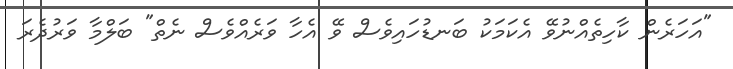
"އަހަރެން ކާހިތެއްނުވޭ އެކަމަކު ބަނޑުހައިވެސް ވޭ އެހާ ވަރެއްވެސް ނެތް" ބަލްމާ ވަރުދެރަ